Vaccination in Bombay 1874-1876 - 1874-1876
Year: 1874
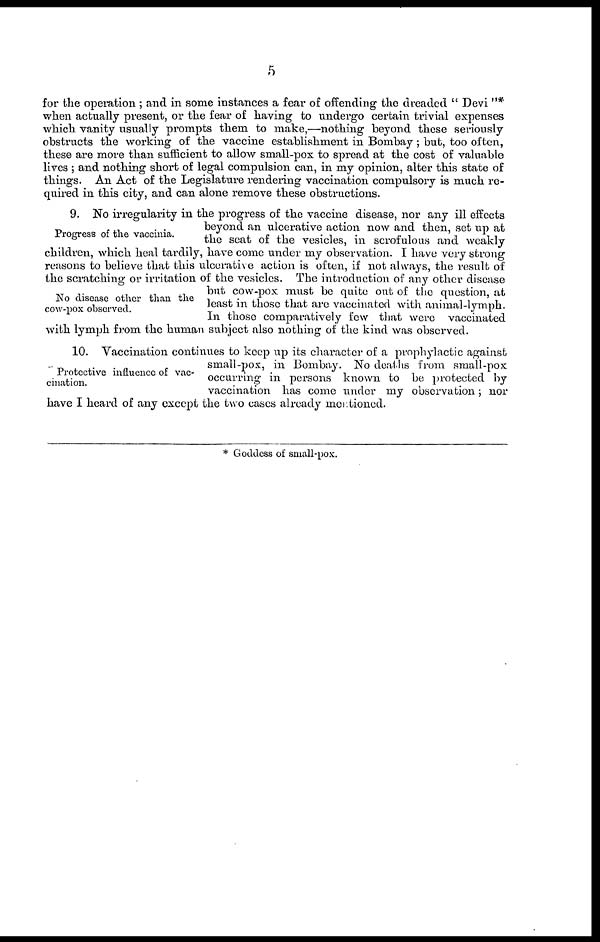
5
for the operation ; and in some instances a fear of offending the dreaded " Devi "*
when actually present, or the fear of having to undergo certain trivial expenses
which vanity usually prompts them to make,—nothing beyond these seriously
obstructs the working of the vaccine establishment in Bombay ; but, too often,
these are more than sufficient to allow small-pox to spread at the cost of valuable
lives ; and nothing short of legal compulsion can, in my opinion, alter this state of
things. An Act of the Legislature rendering vaccination compulsory is much re-
quired in this city, and can alone remove these obstructions.
Progress of the vaccinia.
No disease other than the
cow-pox observed.
9. No irregularity in the progress of the vaccine disease, nor any ill effects
beyond an ulcerative action now and then, set up at
the seat of the vesicles, in scrofulous and weakly
children, which heal tardily, have come under my observation. I have very strong
reasons to believe that this ulcerative action is often, if not always, the result of
the scratching or irritation of the vesicles. The introduction of any other disease
but cow-pox must be quite out of the question, at
least in those that are vaccinated with animal-lymph.
In those comparatively few that were vaccinated
with lymph from the human subject also nothing of the kind was observed.
Protective influence of vac-
cination.
10. Vaccination continues to keep up its character of a prophylactic against
small-pox, in Bombay. No deaths from small-pox
occurring in persons known to be protected by
vaccination has come under my observation; nor
have I heard of any except the two cases already mentioned.
* Goddess of small-pox.